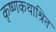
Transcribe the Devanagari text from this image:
कृष्णकथाश्रित